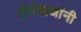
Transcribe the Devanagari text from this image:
तीरंदाजांनी